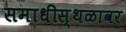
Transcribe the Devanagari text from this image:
समाधीस्थळावर